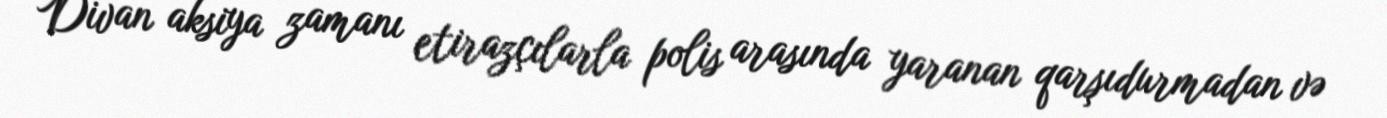
Divan aksiya zamanı etirazçılarla polis arasında yaranan qarşıdurmadan və